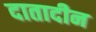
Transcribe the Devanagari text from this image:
दातादीन